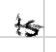
Text: is
Cross-out: mix
Writing tool: digital_black